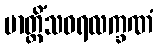
ဗာတ္တိံသဝရလက္ခဏံ